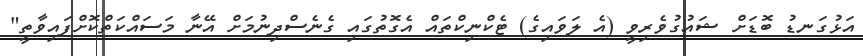
އަޅުގަނޑު ބޮޑަށް ޝައުގުވެރިވީ (އެ ލަވައިގެ) ޓެކްނިކްތައް އެގޮތުގައި ގެނެސްދިނުމަށް އޭނާ މަސައްކަތްކޮށްފައިވާތީ"